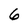
Character: 6